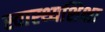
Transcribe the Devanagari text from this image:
स्वास्थ्यशिक्षा